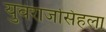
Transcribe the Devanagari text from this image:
युवराजसिंहला